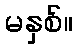
မနှစ်။